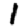
Digit: 1